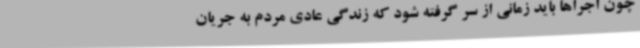
چون اجراها باید زمانی از سر گرفته شود که زندگی عادی مردم به جریان